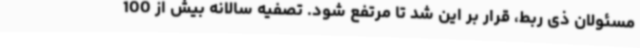
مسئولان ذی ربط، قرار بر این شد تا مرتفع شود. تصفیه سالانه بیش از 100